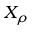
X _ { \rho }